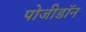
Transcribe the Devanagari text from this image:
पोजीडॉन